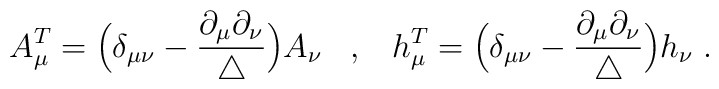
A_\mu^T = \Big( \delta_{\mu \nu} - \frac{\partial_\mu \partial_\nu}{\triangle} \Big)A_\nu \; \; \; , \; \; \; h_\mu^T = \Big( \delta_{\mu \nu} - \frac{\partial_\mu \partial_\nu}{\triangle} \Big)h_\nu \; .